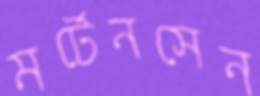
মর্টেনসেন